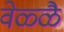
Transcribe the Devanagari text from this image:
वेळ्ळै